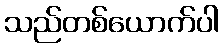
သည်တစ်ယောက်ပါ